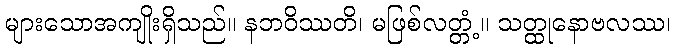
များသောအကျိုးရှိသည်။ နဘဝိဿတိ၊ မဖြစ်လတ္တံ့။ သတ္ထုနောဗလဿ၊